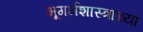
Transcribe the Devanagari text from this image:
भूगर्भशास्त्राच्या